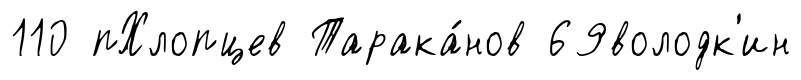
110 пХлопцев Тарака́нов 69володк'ин